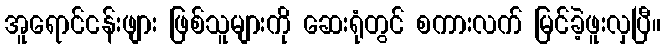
အူရောင်ငန်းဖျား ဖြစ်သူများကို ဆေးရုံတွင် စကားလက် မြင်ခဲ့ဖူးလှပြီ။